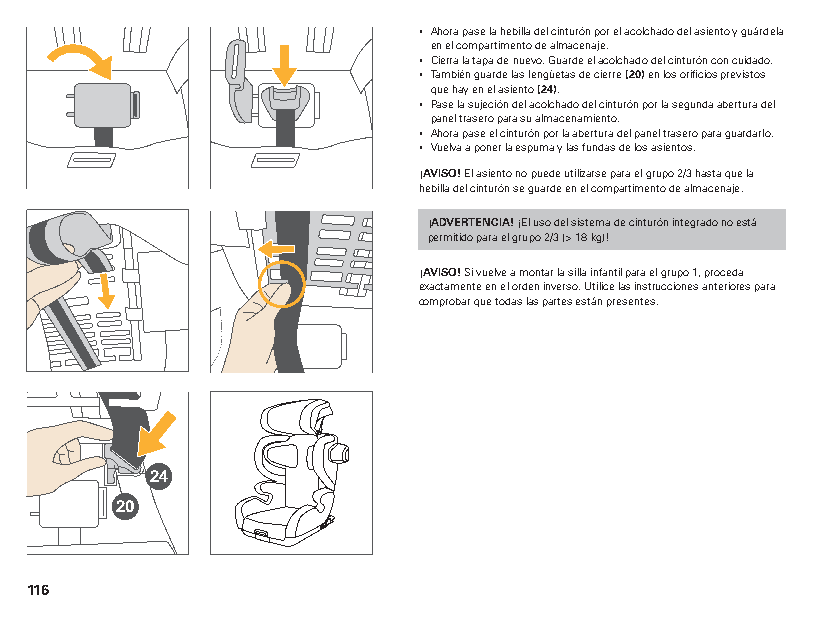
▪ Ahora pase la hebilla del cinturón por el acolchado del asiento y guárdela
 en el compartimento de almacenaje.
 ▪ Cierra la tapa de nuevo. Guarde el acolchado del cinturón con cuidado.
 ▪ También guarde las lengüetas de cierre (20) en los orificios previstos
 que hay en el asiento (24).
 ▪ Pase la sujeción del acolchado del cinturón por la segunda abertura del
 panel trasero para su almacenamiento.
 ▪ Ahora pase el cinturón por la abertura del panel trasero para guardarlo.
 ▪ Vuelva a poner la espuma y las fundas de los asientos.
 ¡AVISO! El asiento no puede utilizarse para el grupo 2/3 hasta que la
 hebilla del cinturón se guarde en el compartimento de almacenaje.
 ¡ADVERTENCIA! ¡El uso del sistema de cinturón integrado no está
 permitido para el grupo 2/3 (> 18 kg)!
 ¡AVISO! Si vuelve a montar la silla infantil para el grupo 1, proceda
 exactamente en el orden inverso. Utilice las instrucciones anteriores para
 comprobar que todas las partes están presentes.
 24
 20
 116